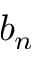
b _ { n }